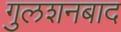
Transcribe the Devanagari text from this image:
गुलशनबाद